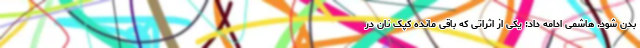
بدن شود. هاشمی ادامه داد: یکی از اثراتی که باقی مانده کپک نان در